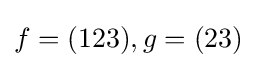
f=(123),g=(23)